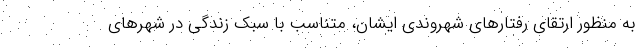
به منظور ارتقای رفتارهای شهروندی ایشان، متناسب با سبک زندگی در شهرهای